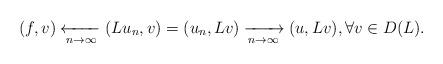
LaTeX: \begin{align*}(f, v) \xleftarrow[n \to \infty]{} (Lu_n, v) = (u_n, Lv) \xrightarrow[n \to \infty]{} (u, Lv), \forall v \in D(L).\end{align*}